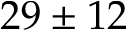
2 9 \pm 1 2